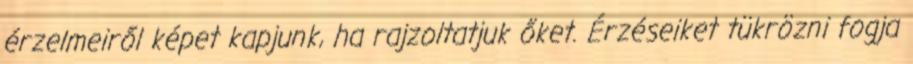
érzelmeiről képet kapjunk, ha rajzoltatjuk őket. Érzéseiket tükrözni fogja